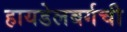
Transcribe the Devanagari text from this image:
हायडेलबर्गची